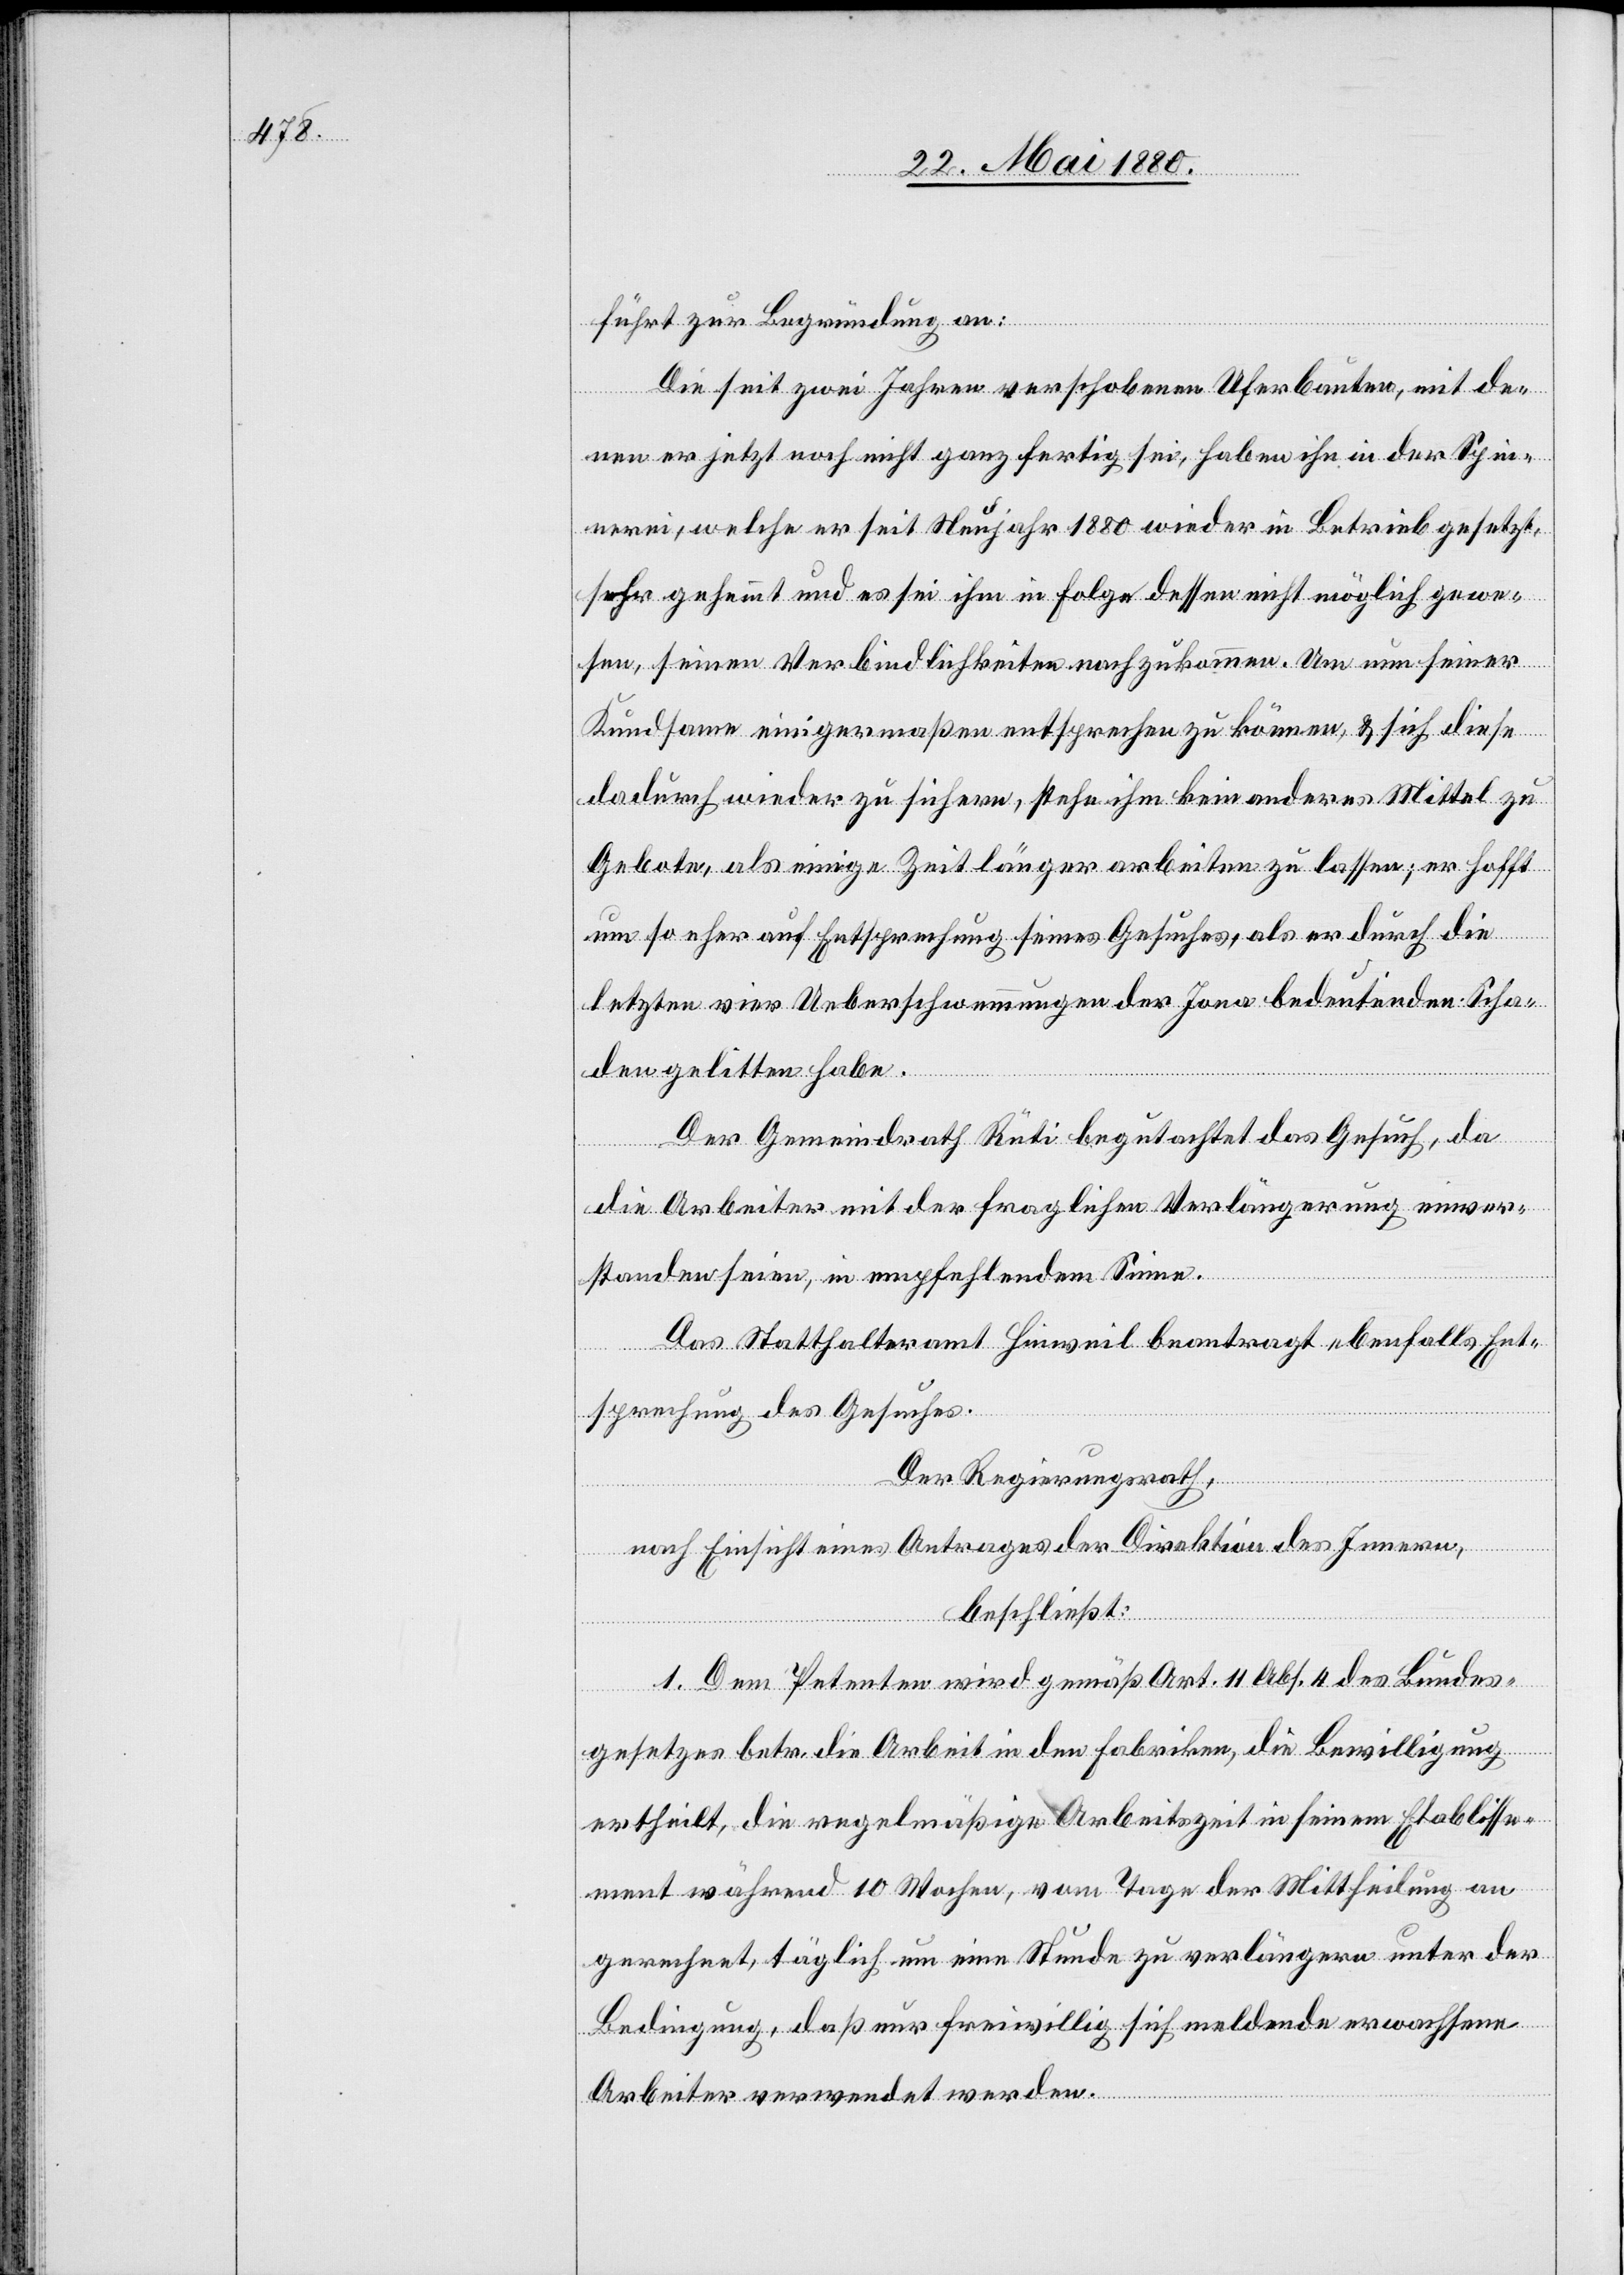
führt zur Begründung an:
Die seit zwei Jahren verschobenen Uferbauten, mit de¬
nen er jetzt noch nicht ganz fertig sei, haben ihn in der Spin¬
nerei, welche er seit Neujahr 1880 wieder in Betrieb gesetzt,
sehr gehemmt und es sei ihm in Folge dessen nicht möglich gewe¬
sen, seinen Verbindlichkeiten nachzukommen. Um nun seiner
Kundsame einigermaßen entsprechen zu können, & sich diese
dadurch wieder zu sichern, stehe ihm kein anderes Mittel zu
Gebote, als einige Zeit länger arbeiten zu lassen; er hofft
um so eher auf Entsprechung seines Gesuches, als er durch die
letzten vier Ueberschwemmungen der Jona bedeutenden Scha¬
den gelitten habe.
Der Gemeindrath Rüti begutachtet das Gesuch, da
die Arbeiter mit der fraglichen Verlängerung einver¬
standen seien, in empfehlendem Sinne.
Das Statthalteramt Hinweil beantragt ebenfalls Ent¬
sprechung des Gesuches.
Der Regierungsrath,
nach Einsicht eines Antrages der Direktion des Innern,
beschließt:
1. Dem Petenten wird gemäß Art. 11 Abs. 4 des Bundes¬
gesetzes betr. die Arbeit in den Fabriken, die Bewilligung
ertheilt, die regelmäßige Arbeitszeit in seinem Etablisse¬
ment während 10 Wochen, vom Tage der Mittheilung an
gerechnet, täglich um eine Stunde zu verlängern unter der
Bedingung, daß nur freiwillig sich meldende erwachsene
Arbeiter verwendet werden.